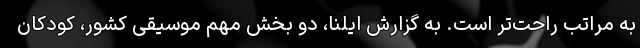
به مراتب راحت‌تر است. به گزارش ایلنا، دو بخش مهم موسیقی کشور، کودکان